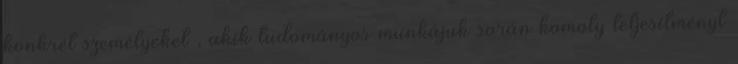
konkrét személyeket , akik tudományos munkájuk során komoly teljesítményt